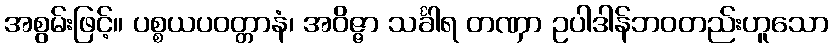
အစွမ်းဖြင့်။ ပစ္စယပဝတ္တာနံ၊ အဝိဇ္ဇာ သင်္ခါရ တဏှာ ဥပါဒါန်ဘဝတည်းဟူသော